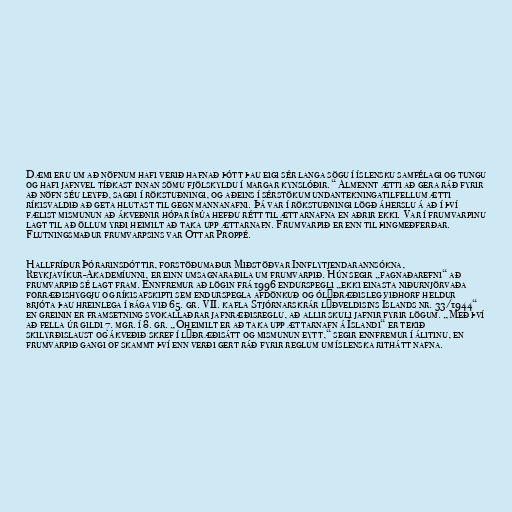
Dæmi eru um að nöfnum hafi verið hafnað þótt þau eigi sér langa sögu í íslensku samfélagi og tungu
og hafi jafnvel tíðkast innan sömu fjölskyldu í margar kynslóðir.“ Almennt ætti að gera ráð fyrir
að nöfn séu leyfð, sagði í rökstuðningi, og aðeins í sérstökum undantekningatilfellum ætti
ríkisvaldið að geta hlutast til gegn mannanafni. Þá var í rökstuðningi lögð áherslu á að í því
fælist mismunun að ákveðnir hópar íbúa hefðu rétt til ættarnafna en aðrir ekki. Var í frumvarpinu
lagt til að öllum yrði heimilt að taka upp ættarnafn. Frumvarpið er enn til þingmeðferðar.
Flutningsmaður frumvarpsins var Óttar Proppé.

Hallfríður Þórarinsdóttir, forstöðumaður Miðstöðvar Innflytjendarannsókna,
Reykjavíkur-Akademíunni, er einn umsagnaraðila um frumvarpið. Hún segir „fagnaðarefni“ að
frumvarpið sé lagt fram. Ennfremur að lögin frá 1996 endurspegli „ekki einasta niðurnjörvaða
forræðishyggju og ríkisafskipti sem endurspegla afdönkuð og ólýðræðisleg viðhorf heldur
brjóta þau hreinlega í bága við 65. gr. VII. kafla Stjórnarskrár lýðveldisins Íslands nr. 33/1944“
en greinin er framsetning svokallaðrar jafnræðisreglu, að allir skuli jafnir fyrir lögum. „Með því
að fella úr gildi 7. mgr. í 8. gr. „Óheimilt er að taka upp ættarnafn á Íslandi“ er tekið
skilyrðislaust og ákveðið skref í lýðræðisátt og mismunun eytt,“ segir ennfremur í álitinu, en
frumvarpið gangi of skammt því enn verði gert ráð fyrir reglum um íslenska rithátt nafna.